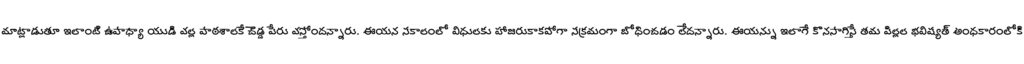
మాట్లాడుతూ ఇలాంటి ఉపాధ్యా యుడి వల్ల పాఠశాలకే చెడ్డ పేరు వస్తోందన్నారు. ఈయన సకాలంలో విధులకు హాజరుకాకపోగా సక్రమంగా బోధించడం లేదన్నారు. ఈయన్ను ఇలాగే కొనసాగిస్తే తమ పిల్లల భవిష్యత్ అంధకారంలోకి